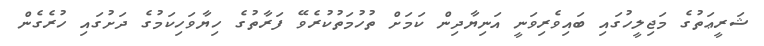
ޝަރީޢަތުގެ މަޖިލީހުގައި ބައިވެރިވަނީ އަނިޔާދިން ކަމަށް ތުހުމަތުކުރެވޭ ފަރާތުގެ ހިޔާވަހިކަމުގެ ދަށުގައި ހުރެގެން